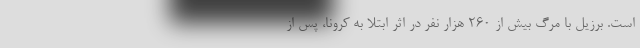
است. برزیل با مرگ بیش از 260 هزار نفر در اثر ابتلا به کرونا، پس از